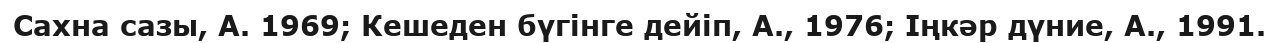
Сахна сазы, А. 1969; Кешеден бүгінге дейіп, А., 1976; Іңкәр дүние, А., 1991.